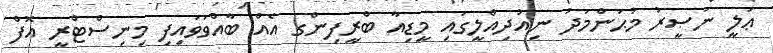
ޢަލީ ނަޞީރު މުޙަންމަދު ނިއުދިއްލީގައި މީޑިއާ ބްރީފިންގ އެއް ބާއްވަވައިފި މިނިސްޓްރީ އޮފް